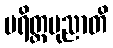
ပရိတ္တပုညာတိ